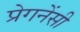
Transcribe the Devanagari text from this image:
प्रेगनेंसी